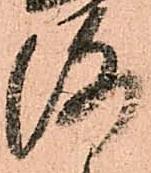
洛